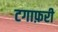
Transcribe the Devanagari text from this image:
टगाफ़री